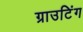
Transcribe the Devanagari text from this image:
ग्राउटिंग